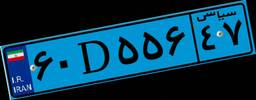
۷۶D۰۴۵۱۶